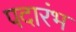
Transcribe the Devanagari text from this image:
पदारंभ